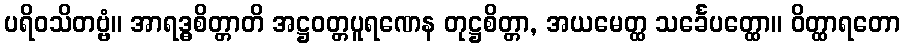
ပရိဝသိတဗ္ဗံ။ အာရဒ္ဓစိတ္တာတိ အဋ္ဌဝတ္တပူရဏေန တုဋ္ဌစိတ္တာ, အယမေတ္ထ သင်္ခေပတ္ထော။ ဝိတ္ထာရတော